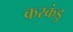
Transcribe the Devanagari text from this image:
करकंडु